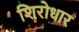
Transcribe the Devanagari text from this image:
शिरोधार